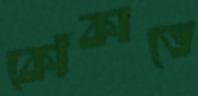
কোঁকাতে